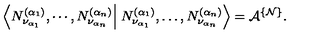
\left\langle N _ { \nu _ { \alpha _ { 1 } } } ^ { ( \alpha _ { 1 } ) } , \cdots , N _ { \nu _ { \alpha _ { n } } } ^ { ( \alpha _ { n } ) } \right\vert \left. N _ { \nu _ { \alpha _ { 1 } } } ^ { ( \alpha _ { 1 } ) } , \dots , N _ { \nu _ { \alpha _ { n } } } ^ { ( \alpha _ { n } ) } \right\rangle = { \cal A } ^ { \{ { \cal N } \} } .